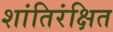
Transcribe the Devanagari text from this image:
शांतिरंक्षित